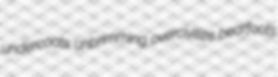
undercoats unbrimming overcivilize bearfoots